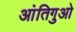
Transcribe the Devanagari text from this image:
आंतिगुओ